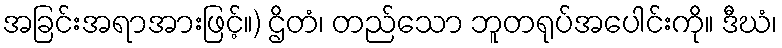
အခြင်းအရာအားဖြင့်။) ဌိတံ၊ တည်သော ဘူတရုပ်အပေါင်းကို။ ဒီဃံ၊